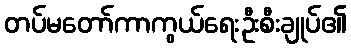
တပ်မတော်ကာကွယ်ရေးဦးစီးချုပ်၏